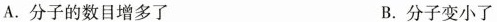
A.分子的数目增多了 B.分子变小了